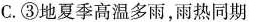
C.③地夏季高温多雨，雨热同期